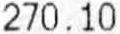
270.10